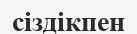
сіздікпен